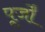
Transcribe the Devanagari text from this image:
पूर्जों